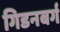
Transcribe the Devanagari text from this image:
गिडनबर्ग